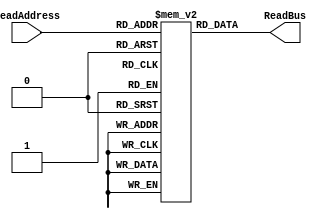
/*module************************************
*
* NAME:  sram_1R
*
* DESCRIPTION:   
*	Input Buffer: 1024*8bits, 1 read port
*  
* REVISION HISTORY
*   Date     Programmer    Description
*   2/4/13   Wenxu Zhao    Version 1.0
*  10/12/15 Bowen Li         Version 2.0
*M*/

module SRAM_1R (ReadAddress, ReadBus);
input  [9:0] ReadAddress; // Change as you change size of SRAM
output [7:0] ReadBus;

reg [7:0] Register [0:1023];   // 1024 words, with each 8 bits wide
reg [7:0] ReadBus;

// Note the 4 ns delay - this is the OUTPUT DELAY FOR THE MEMORY FOR SYNTHESIS
always@(*) 
  begin 
    #4 ReadBus  =  Register[ReadAddress];
  end
endmodule